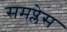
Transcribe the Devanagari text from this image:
समप्लेस